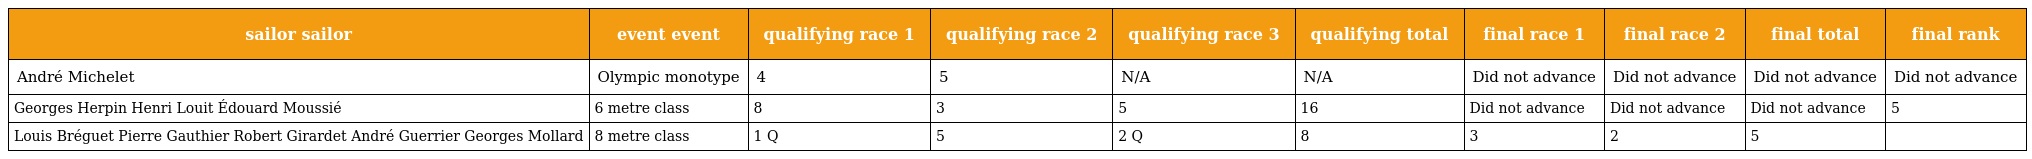
| sailor sailor | event event | qualifying race 1 | qualifying race 2 | qualifying race 3 | qualifying total | final race 1 | final race 2 | final total | final rank |
 | --- | --- | --- | --- | --- | --- | --- | --- | --- | --- |
 | André Michelet | Olympic monotype | 4 | 5 | N/A | N/A | Did not advance | Did not advance | Did not advance | Did not advance |
 | Georges Herpin Henri Louit Édouard Moussié | 6 metre class | 8 | 3 | 5 | 16 | Did not advance | Did not advance | Did not advance | 5 |
 | Louis Bréguet Pierre Gauthier Robert Girardet André Guerrier Georges Mollard | 8 metre class | 1 Q | 5 | 2 Q | 8 | 3 | 2 | 5 |  |